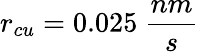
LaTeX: r_{cu}=0.025~\frac{nm}{s}